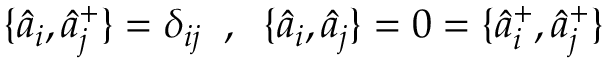
\{ \hat { a } _ { i } , \hat { a } _ { j } ^ { + } \} = \delta _ { i j } \; \; , \; \; \{ \hat { a } _ { i } , \hat { a } _ { j } \} = 0 = \{ \hat { a } _ { i } ^ { + } , \hat { a } _ { j } ^ { + } \}